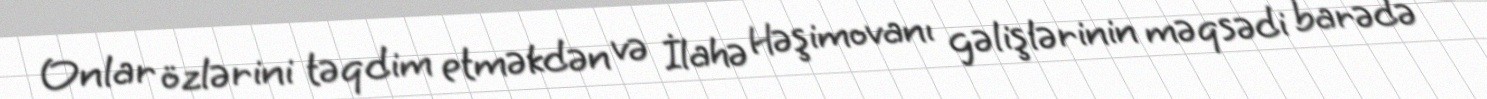
Onlar özlərini təqdim etməkdən və İlahə Həşimovanı gəlişlərinin məqsədi barədə